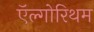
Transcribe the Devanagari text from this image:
ऍल्गोरिथम